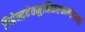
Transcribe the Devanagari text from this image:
विप्रेन्द्रदेवमुनिकष्टकलेशराहोः